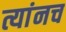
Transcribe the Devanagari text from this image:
त्यांनच